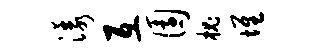
漾互园槐堆